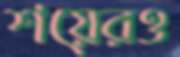
শয়েরও